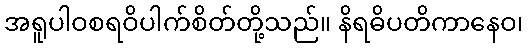
အရူပါဝစရဝိပါက်စိတ်တို့သည်။ နိရဓိပတိကာနေဝ၊